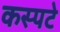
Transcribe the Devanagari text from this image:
कस्पटे